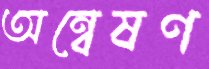
অন্বেষণ